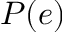
P ( e )